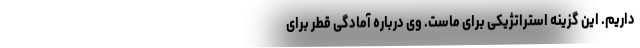
داریم. این گزینه استراتژیکی برای ماست. وی درباره آمادگی قطر برای